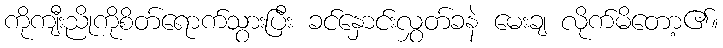
ကိုကျီးညိုကိုစိတ်ရောက်သွားပြီး ခင်နှောင်းလွှတ်ခနဲ မေးချ လိုက်မိတော့၏။